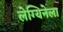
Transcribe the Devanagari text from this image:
लेग्यिनेला